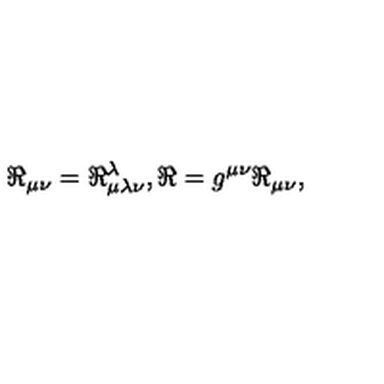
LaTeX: \Re _ { \mu \nu } = \Re _ { \mu \lambda \nu } ^ { \lambda } , \Re = g ^ { \mu \nu } \Re _ { \mu \nu } ,